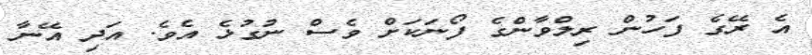
އެ ރޭގެ ފަހުން ރިލްވާންގެ ފޯނަކަށް ވެސް ނުގުޅެ އެވެ. އަދި އޭނާ